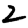
Digit: 2